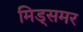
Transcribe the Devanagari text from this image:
मिड्‌समर